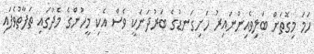
ހަމަ މިގޮތަށް ބަލިވެއިންނައިރު ހަށިގަނޑުގެ ބަރުދަނަކީ ވެސް އެކި މީހުންގެ މެދުގައި ތަފާތުވެފައި